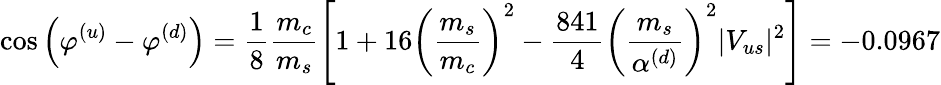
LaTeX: \cos\left(\varphi^{(u)}-\varphi^{(d)}\right)=\frac{1}{8}\frac{m_{c}}{m_{s}}\left[1+16\left(\frac{m_{s}}{m_{c}}\right)^{2}-\frac{841}{4}\left(\frac{m_{s}}{\alpha^{(d)}}\right)^{2}|V_{us}|^{2}\right]=-0.0967